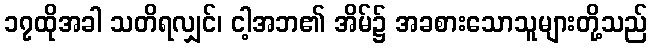
၁၇ထိုအခါ သတိရလျှင်၊ ငါ့အဘ၏ အိမ်၌ အခစားသောသူများတို့သည်